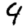
Digit: 9